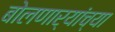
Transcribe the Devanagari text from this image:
बोलणार्‍यांच्या